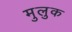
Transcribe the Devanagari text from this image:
मुलुक